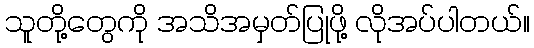
သူတို့တွေကို အသိအမှတ်ပြုဖို့ လိုအပ်ပါတယ်။